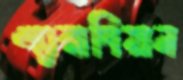
এ্যারাবিয়ান